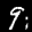
Label: 9